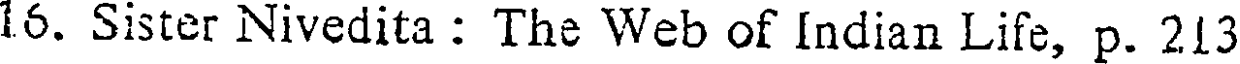
16. Sister Nivedita : The Web of Indian Life, p. 213